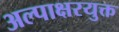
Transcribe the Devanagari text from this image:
अल्पाक्षरयुक्त